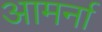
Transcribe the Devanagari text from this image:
आमर्ना